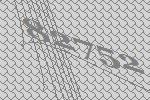
82752